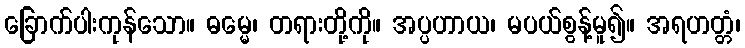
ခြောက်ပါးကုန်သော။ ဓမ္မေ၊ တရားတို့ကို။ အပ္ပဟာယ၊ မပယ်စွန့်မူ၍။ အရဟတ္တံ၊